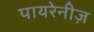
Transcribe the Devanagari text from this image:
पायरेनीज़